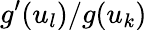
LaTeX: g^{\prime}(u_{l})/g(u_{k})